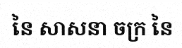
នៃ សាសនា ចក្រ នៃ